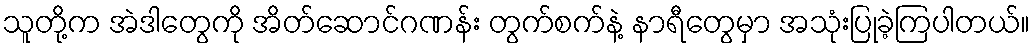
သူတို့က အဲဒါတွေကို အိတ်ဆောင်ဂဏန်း တွက်စက်နဲ့ နာရီတွေမှာ အသုံးပြုခဲ့ကြပါတယ်။